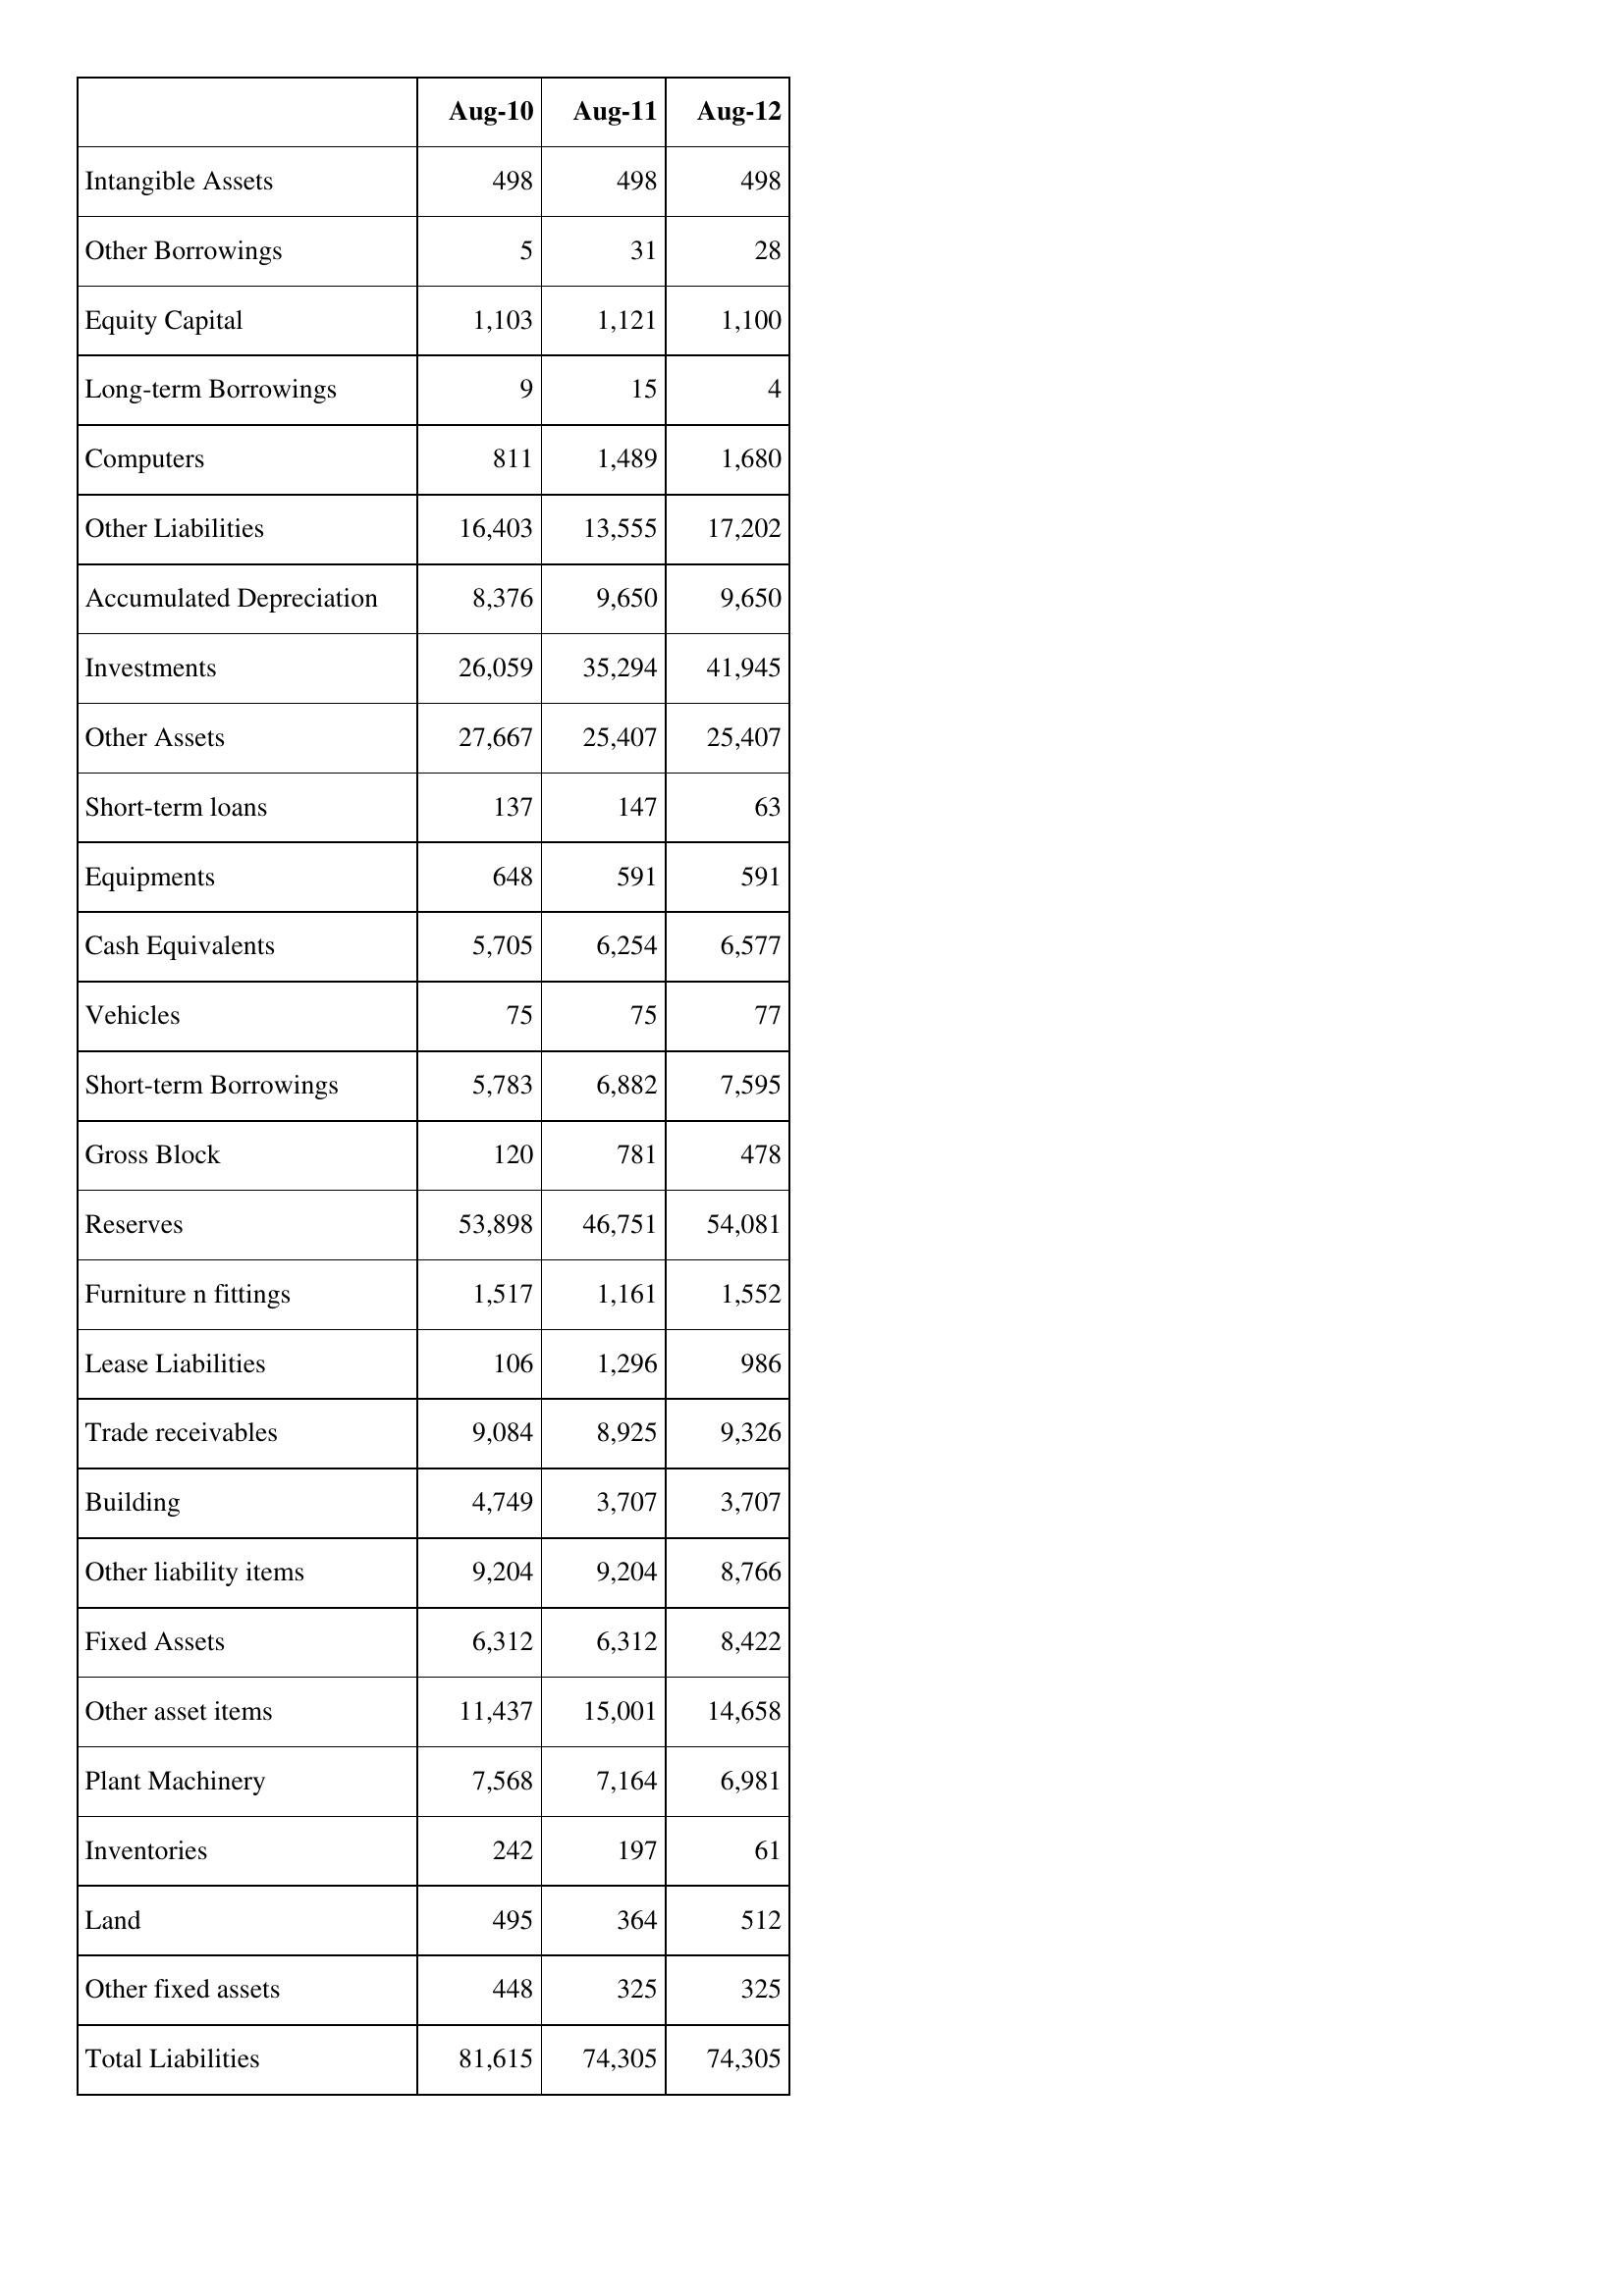
Aug-10: Balance Sheet: Intangible Assets: 498
Other Borrowings: 5
Equity Capital: 1,103
Long-term Borrowings: 9
Computers: 811
Other Liabilities: 16,403
Accumulated Depreciation: 8,376
Investments: 26,059
Other Assets: 27,667
Short-term loans: 137
Equipments: 648
Cash Equivalents: 5,705
Vehicles: 75
Short-term Borrowings: 5,783
Gross Block: 120
Reserves: 53,898
Furniture n fittings: 1,517
Lease Liabilities: 106
Trade receivables: 9,084
Building: 4,749
Other liability items: 9,204
Fixed Assets: 6,312
Other asset items: 11,437
Plant Machinery: 7,568
Inventories: 242
Land: 495
Other fixed assets: 448
Total Liabilities: 81,615
Aug-11: Balance Sheet: Intangible Assets: 498
Other Borrowings: 31
Equity Capital: 1,121
Long-term Borrowings: 15
Computers: 1,489
Other Liabilities: 13,555
Accumulated Depreciation: 9,650
Investments: 35,294
Other Assets: 25,407
Short-term loans: 147
Equipments: 591
Cash Equivalents: 6,254
Vehicles: 75
Short-term Borrowings: 6,882
Gross Block: 781
Reserves: 46,751
Furniture n fittings: 1,161
Lease Liabilities: 1,296
Trade receivables: 8,925
Building: 3,707
Other liability items: 9,204
Fixed Assets: 6,312
Other asset items: 15,001
Plant Machinery: 7,164
Inventories: 197
Land: 364
Other fixed assets: 325
Total Liabilities: 74,305
Aug-12: Balance Sheet: Intangible Assets: 498
Other Borrowings: 28
Equity Capital: 1,100
Long-term Borrowings: 4
Computers: 1,680
Other Liabilities: 17,202
Accumulated Depreciation: 9,650
Investments: 41,945
Other Assets: 25,407
Short-term loans: 63
Equipments: 591
Cash Equivalents: 6,577
Vehicles: 77
Short-term Borrowings: 7,595
Gross Block: 478
Reserves: 54,081
Furniture n fittings: 1,552
Lease Liabilities: 986
Trade receivables: 9,326
Building: 3,707
Other liability items: 8,766
Fixed Assets: 8,422
Other asset items: 14,658
Plant Machinery: 6,981
Inventories: 61
Land: 512
Other fixed assets: 325
Total Liabilities: 74,305